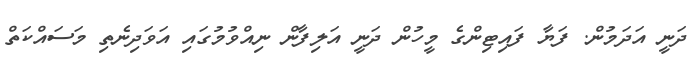
ދަނީ އަދަމުން. ފަޔާ ފައިޓިންގެ މީހުން ދަނީ އަލިފާން ނިއްވުމުގައި އަވަދިނެތި މަސައްކަތް